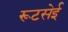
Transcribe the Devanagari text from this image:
रूटसेई